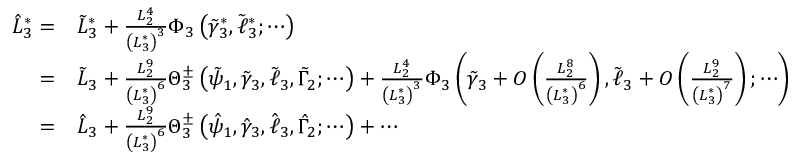
\begin{array} { r l } { \hat { L } _ { 3 } ^ { * } = } & { \tilde { L } _ { 3 } ^ { * } + \frac { L _ { 2 } ^ { 4 } } { \left( L _ { 3 } ^ { * } \right) ^ { 3 } } \Phi _ { 3 } \left( \tilde { \gamma } _ { 3 } ^ { * } , \tilde { \ell } _ { 3 } ^ { * } ; \cdots \right) } \\ { = } & { \tilde { L } _ { 3 } + \frac { L _ { 2 } ^ { 9 } } { \left( L _ { 3 } ^ { * } \right) ^ { 6 } } \Theta _ { 3 } ^ { \pm } \left( \tilde { \psi } _ { 1 } , \tilde { \gamma } _ { 3 } , \tilde { \ell } _ { 3 } , \tilde { \Gamma } _ { 2 } ; \cdots \right) + \frac { L _ { 2 } ^ { 4 } } { \left( L _ { 3 } ^ { * } \right) ^ { 3 } } \Phi _ { 3 } \left( \tilde { \gamma } _ { 3 } + O \left( \frac { L _ { 2 } ^ { 8 } } { \left( L _ { 3 } ^ { * } \right) ^ { 6 } } \right) , \tilde { \ell } _ { 3 } + O \left( \frac { L _ { 2 } ^ { 9 } } { \left( L _ { 3 } ^ { * } \right) ^ { 7 } } \right) ; \cdots \right) } \\ { = } & { \hat { L } _ { 3 } + \frac { L _ { 2 } ^ { 9 } } { \left( L _ { 3 } ^ { * } \right) ^ { 6 } } \Theta _ { 3 } ^ { \pm } \left( \hat { \psi } _ { 1 } , \hat { \gamma } _ { 3 } , \hat { \ell } _ { 3 } , \hat { \Gamma } _ { 2 } ; \cdots \right) + \cdots } \end{array}